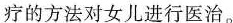
疗的方法对女儿进行医治。